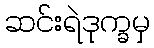
ဆင်းရဲဒုက္ခမှ